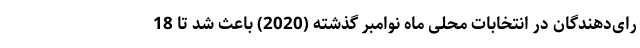
رای‌دهندگان در انتخابات محلی ماه نوامبر گذشته (2020) باعث شد تا 18